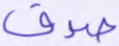
صدق